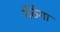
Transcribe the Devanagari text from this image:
बैठैगा